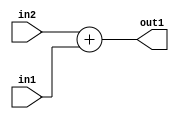
`timescale 1ps / 1ps
/*****************************************************************************
    Verilog RTL Description
    
    
    Created by: Stratus DpOpt 2019.1.01 
*******************************************************************************/

module st_weight_addr_gen_Add_16Ux8U_16U_4_9 (
	in2,
	in1,
	out1
	); /* architecture "behavioural" */ 
input [15:0] in2;
input [7:0] in1;
output [15:0] out1;
wire [15:0] asc001;

assign asc001 = 
	+(in2)
	+(in1);

assign out1 = asc001;
endmodule

/* CADENCE  ubL1Qg0= : u9/ySgnWtBlWxVPRXgAZ4Og= ** DO NOT EDIT THIS LINE ******/